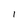
Character: 1